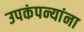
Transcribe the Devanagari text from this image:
उपकंपन्यांना